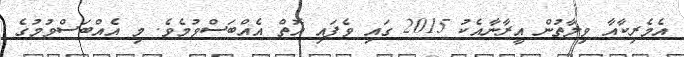
އެމެރިކާއާ ވިލާތުން އީރާނާއެެކު 2015 ގައި ވެފައި އޮތް އެއްބަސްވުމެވެ. މި އެއްބަސްވުމުގެ